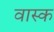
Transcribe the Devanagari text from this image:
वास्क